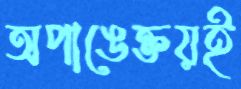
অপাঙেক্তয়ই